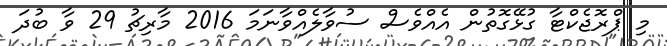
މި ޕްރޮޖެކްޓާ ގުޅޭގޮތުން އެއްވެސް ސުވާލެއްވާނަމަ 2016 މާރިޗު 29 ވާ ބުދަ